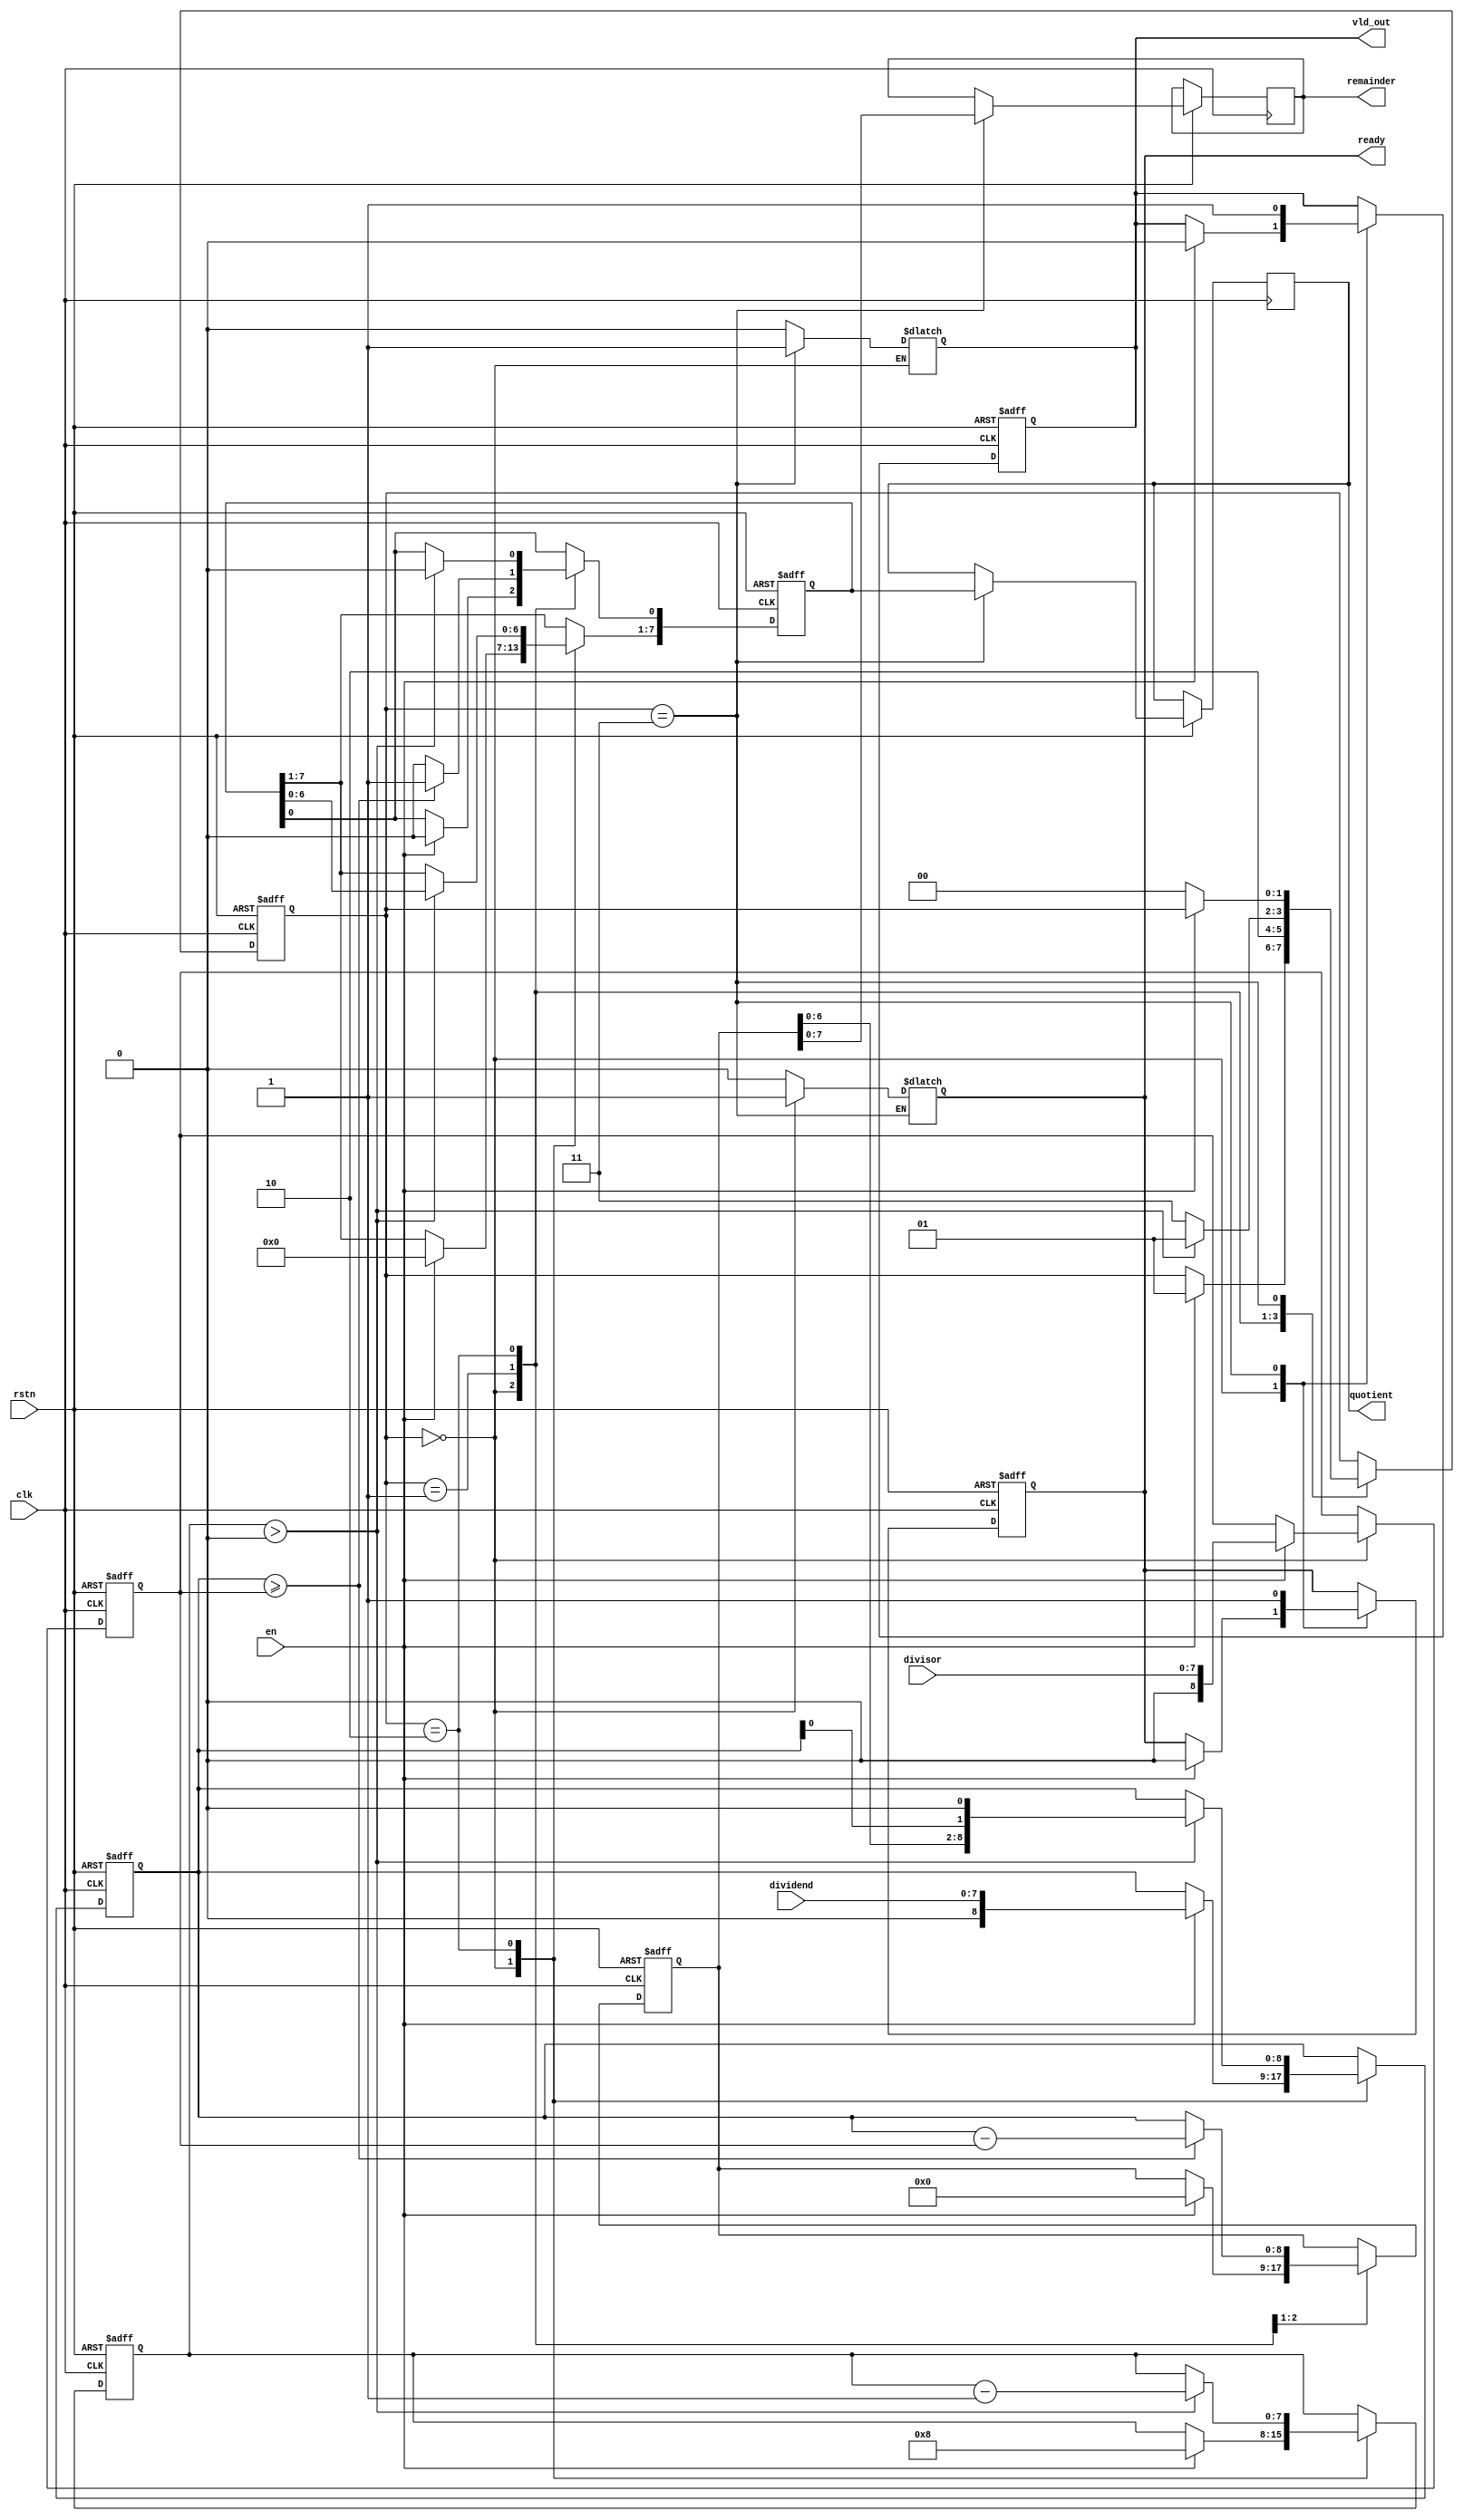
module radix2_div #(
    parameter DATAWIDTH = 8
)(
    input clk,
    input rstn,
    input en,
    input [DATAWIDTH-1:0] dividend,
    input [DATAWIDTH-1:0] divisor,
    output reg ready,
    output reg [DATAWIDTH-1:0] quotient,
    output reg [DATAWIDTH-1:0] remainder,
    output reg vld_out
);

    // FSM states
    localparam IDLE = 2'b00,
               SUB = 2'b01,
               SHIFT = 2'b10,
               DONE = 2'b11;
    
    // Registers for FSM, counters and extended operands
    reg [1:0] current_state, next_state;
    reg [DATAWIDTH:0] dividend_e, divisor_e, remainder_e;
    reg [DATAWIDTH-1:0] quotient_e;
    reg [DATAWIDTH-1:0] count;

    // FSM state transition and data computation
    always @(posedge clk or negedge rstn) begin
        if (!rstn) begin
            current_state <= IDLE;
            quotient_e <= 0;
            remainder_e <= 0;
            dividend_e <= 0;
            divisor_e <= 0;
            count <= 0;
            ready <= 1;
            vld_out <= 0;
        end else begin
            case (current_state)
                IDLE: begin
                    if (en) begin
                        current_state <= SUB;
                        dividend_e <= {1'b0, dividend};
                        divisor_e <= {1'b0, divisor};
                        quotient_e <= 0;
                        remainder_e <= 0;
                        count <= DATAWIDTH;
                        ready <= 0;
                        vld_out <= 0;
                    end
                end
                SUB: begin
                    if (dividend_e >= divisor_e) begin
                        remainder_e <= dividend_e - divisor_e;
                        quotient_e[0] <= 1;
                    end else begin
                        remainder_e <= dividend_e;
                        quotient_e[0] <= 0;
                    end
                    current_state <= SHIFT;
                end
                SHIFT: begin
                    if (count > 0) begin
                        count <= count - 1;
                        quotient_e <= {quotient_e[DATAWIDTH-2:0], 1'b0};
                        dividend_e <= {remainder_e[DATAWIDTH-2:0], dividend_e[0], 1'b0};
                        current_state <= SUB;
                    end else begin
                        current_state <= DONE;
                    end
                end
                DONE: begin
                    quotient <= quotient_e;
                    remainder <= remainder_e[DATAWIDTH-1:0];
                    ready <= 1;
                    vld_out <= 1;
                    if (!en) current_state <= IDLE;
                end
            endcase
        end
    end

    // Output assignments
    always @(*) begin
        case (current_state)
            IDLE: begin
                ready = 1'b1;
            end
            DONE: begin
                vld_out = 1'b1;
            end
            default: begin
                ready = 1'b0;
                vld_out = 1'b0;
            end
        endcase
    end

endmodule